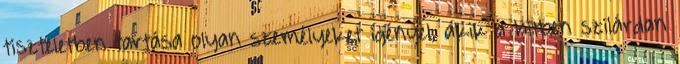
tiszteletben tartása olyan személyeket igényel, akik a hitben szilárdan